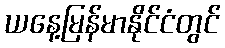
ယနေ့မြန်မာနိုင်ငံတွင်